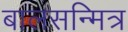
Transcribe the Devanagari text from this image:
बालसन्मित्र